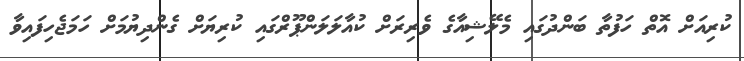
ކުރިއަށް އޮތް ހަފުތާ ބަންދުގައި މެލޭޝިއާގެ ވެރިރަށް ކުއާލަލަންޕޫރްގައި ކުރިޔަށް ގެންދިޔުމަށް ހަމަޖެހިފައިވާ